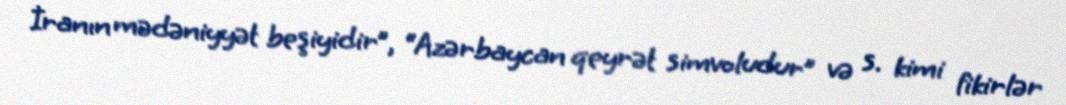
İranın mədəniyyət beşiyidir”, “Azərbaycan qeyrət simvoludur” və s. kimi fikirlər